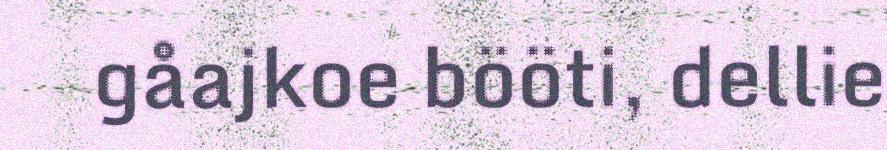
gåajkoe bööti, dellie